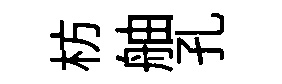
枋舳孔